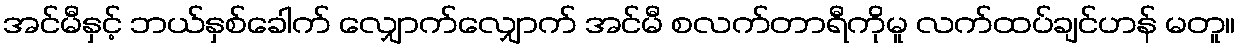
အင်မီနှင့် ဘယ်နှစ်ခေါက် လျှောက်လျှောက် အင်မီ စလက်တာရီကိုမူ လက်ထပ်ချင်ဟန် မတူ။